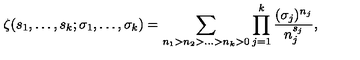
\zeta ( s _ { 1 } , \ldots , s _ { k } ; \sigma _ { 1 } , \ldots , \sigma _ { k } ) = \sum _ { n _ { 1 } > n _ { 2 } > \ldots > n _ { k } > 0 } \prod _ { j = 1 } ^ { k } \frac { ( \sigma _ { j } ) ^ { n _ { j } } } { n _ { j } ^ { s _ { j } } } ,